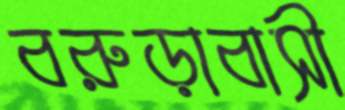
বরুড়াবাসী